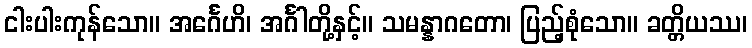
ငါးပါးကုန်သော။ အင်္ဂေဟိ၊ အင်္ဂါတို့နှင့်။ သမန္နာဂတော၊ ပြည့်စုံသော။ ခတ္တိယဿ၊